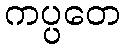
ကပ္ပတေ